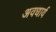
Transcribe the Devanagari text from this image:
अवधार्य